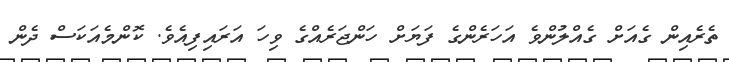
ތެރެއިން ގެއަށް ގެއްލުންވެ އަހަރެންގެ ފަޔަށް ހަންޖަރެއްގެ ވިހަ އަރައިފިއެވެ. ކޮންމެއަކަސް ދެން